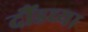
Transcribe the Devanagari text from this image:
दौंडच्या